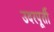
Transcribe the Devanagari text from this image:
उदरपूर्ती